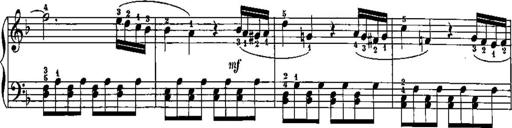
Title: Trois sonatines
Composer: Maurice Emmanuel